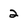
Character: 2